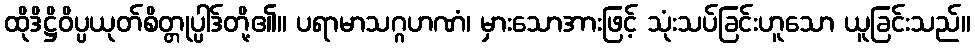
ထိုဒိဋ္ဌိဝိပ္ပယုတ်စိတ္တုပ္ပါဒ်တို့၏။ ပရာမာသဂ္ဂဟဏံ၊ မှားသောအားဖြင့် သုံးသပ်ခြင်းဟူသော ယူခြင်းသည်။